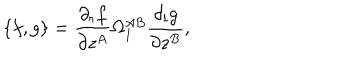
\{ f , g \} = \frac { \partial _ { r } f } { \partial z ^ { A } } \Omega _ { 1 } ^ { A B } \frac { \partial _ { l } g } { \partial z ^ { B } } ,